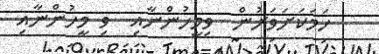
ހަމަަކަށަވަރުން  ވިމީހުންނާއި  ވި މީހުންނާއި